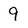
Character: 9